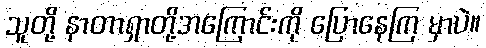
သူတို့ နာတာရှာတို့အကြောင်းကို ပြောနေကြ မှာပဲ။